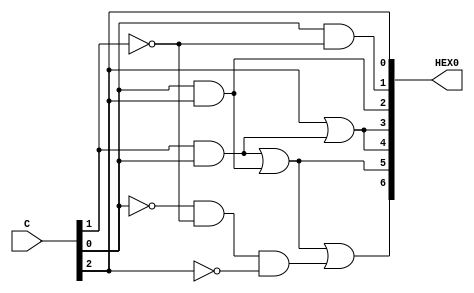
module top (C, HEX0);
	input [2:0] C;
	output [6:0] HEX0;
	wire [2:0] SW;
	assign SW = C[2:0];
	assign HEX0[0] = C[2];
	assign HEX0[1] = C[0] & ~C[1];
	assign HEX0[2] = C[0] & C[2];
	assign HEX0[3] = C[2] | (C[1] & C[0]);
	assign HEX0[4] = C[2] | (C[1] & C[0]);
	assign HEX0[5] = (C[0] & C[1]) |  (C[0] & C[2]);
	assign HEX0[6] = (C[0] & C[1]) | (C[0] & C[2]) | (~C[0] & ~C[1] & ~C[2]);
endmodule